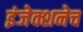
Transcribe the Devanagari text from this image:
इंजेक्शनेच